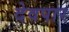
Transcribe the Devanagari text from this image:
देवपार